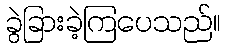
ခွဲခြားခဲ့ကြပေသည်။